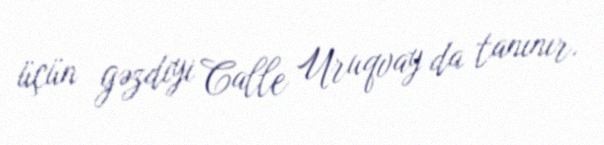
üçün gəzdiyi Calle Uruqvay da tanınır.